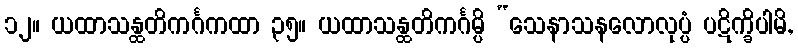
၁၂။ ယထာသန္ထတိကင်္ဂကထာ ၃၅။ ယထာသန္ထတိကင်္ဂမ္ပိ “သေနာသနလောလုပ္ပံ ပဋိက္ခိပါမိ,